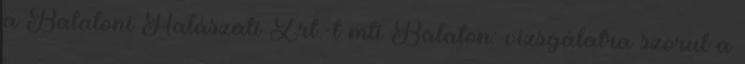
a Balatoni Halászati Zrt.-t mti Balaton: vizsgálatra szorul a